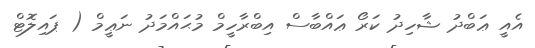
އެއީ ޢަބްދު ޝާހިދު ކަރޯ ޢައްބާސް އިބްރާހީމް މުޙައްމަދު ނަޢީމް ( ޕައިލޮޓް